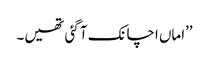
’’اماں اچانک آ گئی تھیں۔